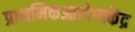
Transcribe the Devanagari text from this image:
प्राथमिकआरोग्यकेंद्र